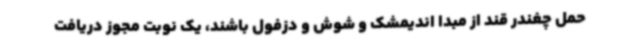
حمل چغندر قند از مبدا اندیمشک و شوش و دزفول باشند، یک نوبت مجوز دریافت